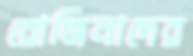
রোজিনাদের